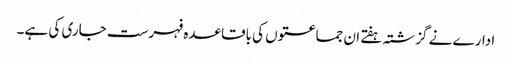
ادارے نے گزشتہ ہفتے ان جماعتوں کی باقاعدہ فہرست جاری کی ہے۔